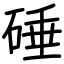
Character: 硾